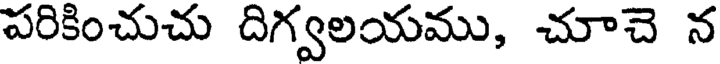
పరికించుచు దిగ్వలయము, చూచె న